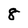
Character: 8